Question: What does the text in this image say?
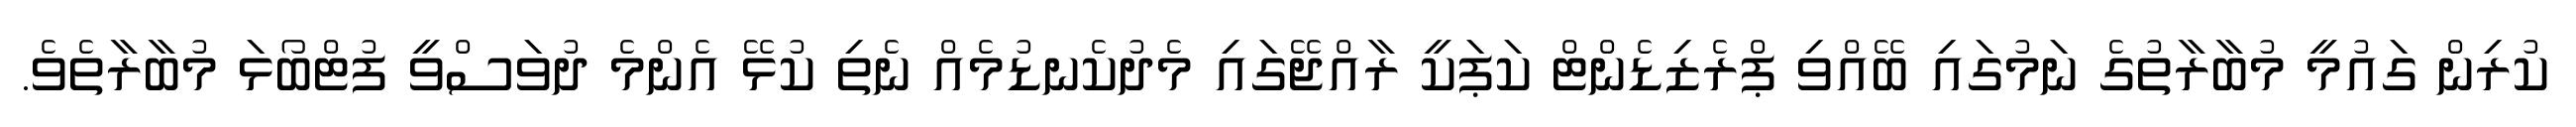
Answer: ކުރިން ގައުމީ މުބާރާތުގެ ނަމުގައި ބޭއްވި ޕްރެޒިޑެންޓް ކަޕަކީ ރާއްޖޭގައި މެދުކެނޑުމެއް ނެތި ކުޅޭ އެންމެ ދުވަސްވީ ފުޓްބޯޅަ މުބާރާތެވެ.